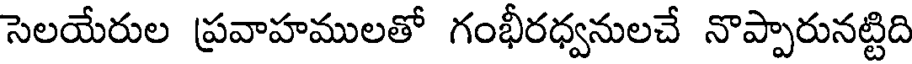
సెలయేరుల ప్రవాహములతో గంభీరధ్వనులచే నొప్పారునట్టిది